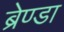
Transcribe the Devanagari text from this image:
ब्रेण्डा